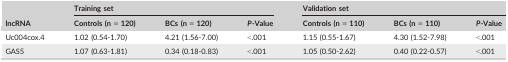
| <ROWSPAN=2> lncRNA | <COLSPAN=3> Training set | <COLSPAN=3> Validation set |
 | Controls (n = 120) | BCs (n = 120) | P‐Value | Controls (n = 110) | BCs (n = 110) | P‐Value |
 | --- | --- | --- | --- | --- | --- | --- |
 | Uc004cox.4 | 1.02 (0.54‐1.70) | 4.21 (1.56‐7.00) | <.001 | 1.15 (0.55‐1.67) | 4.30 (1.52‐7.98) | <.001 |
 | GAS5 | 1.07 (0.63‐1.81) | 0.34 (0.18‐0.83) | <.001 | 1.05 (0.50‐2.62) | 0.40 (0.22‐0.57) | <.001 |